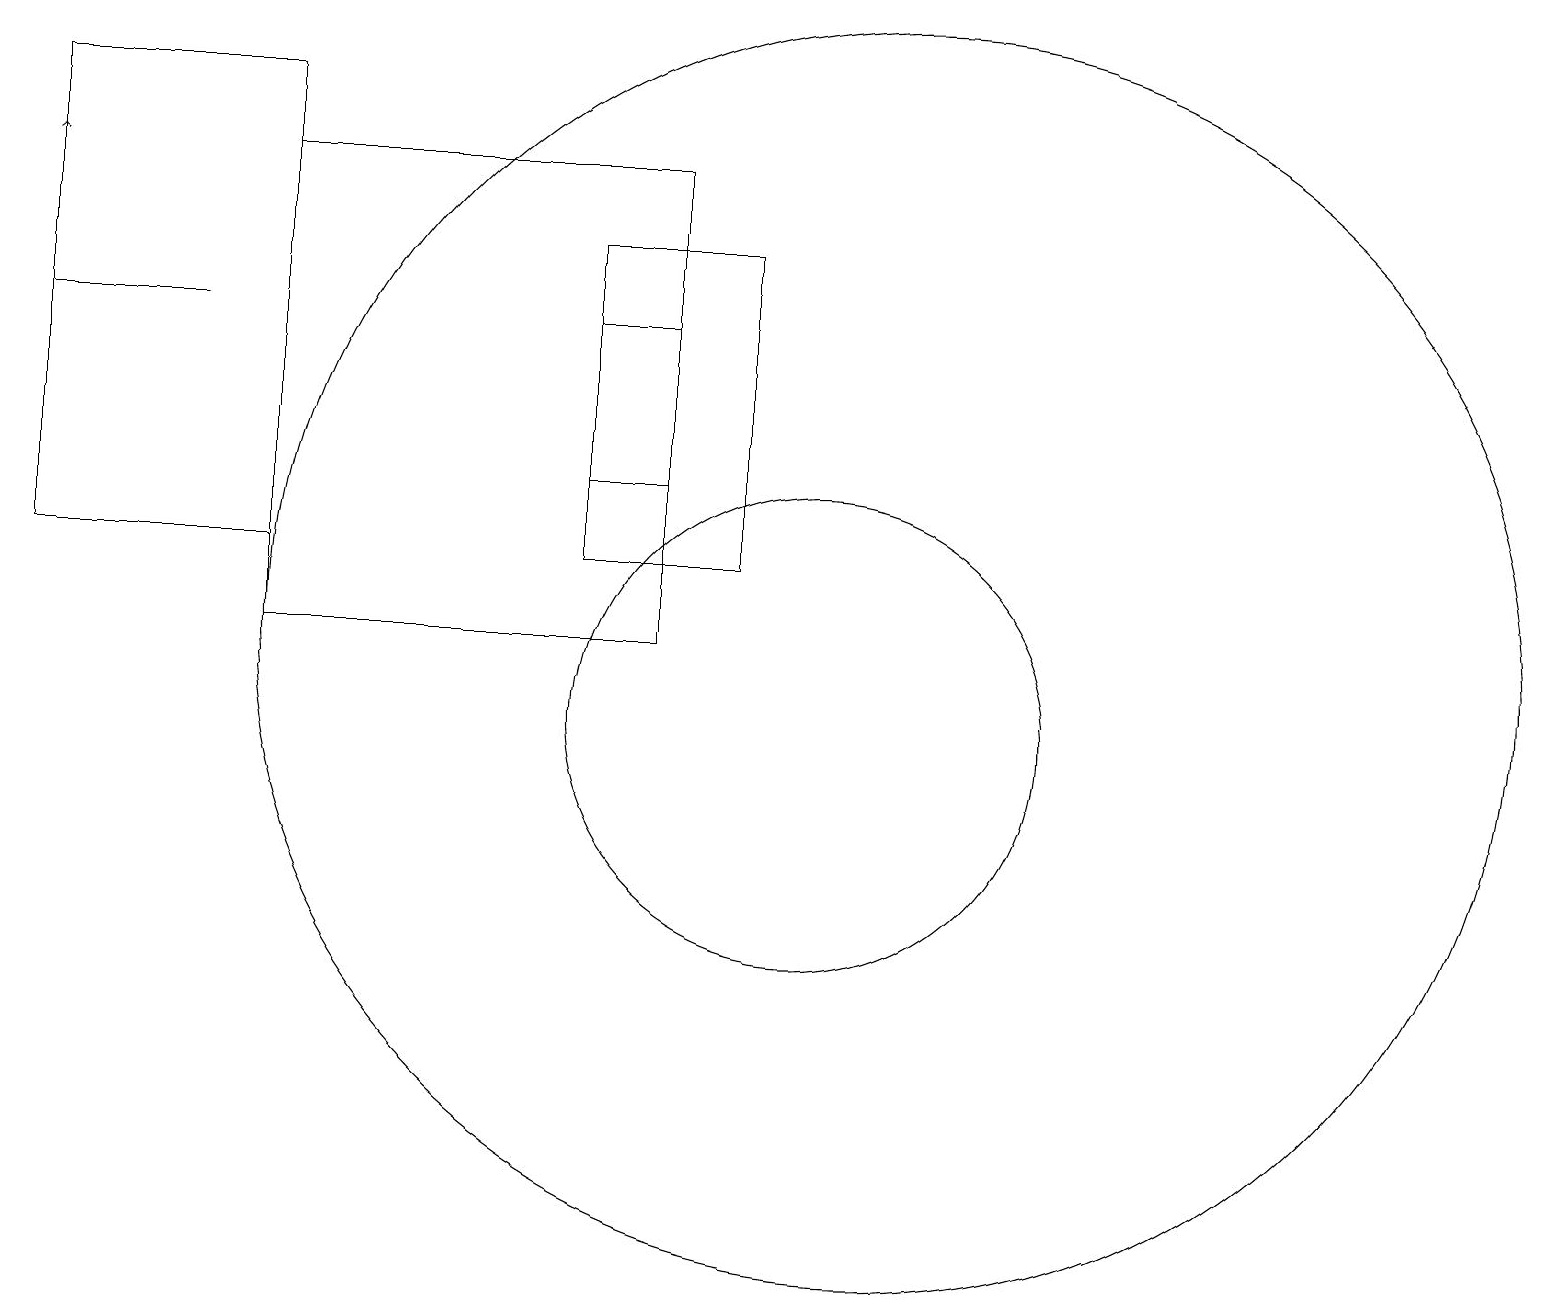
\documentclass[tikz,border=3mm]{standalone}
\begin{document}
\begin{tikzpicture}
\draw (10,10) circle (3);
\draw (0,18) rectangle (3,12);
\draw (3,17) rectangle (8,11);
\draw (11,11) circle (8);
\draw[->] (0,12) -- (0,17);
\draw (9,12) rectangle (7,16);
\draw (8,15) rectangle (7,13);
\draw (0,15) rectangle (2,15);
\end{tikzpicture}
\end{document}